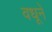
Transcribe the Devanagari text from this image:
वधूनें